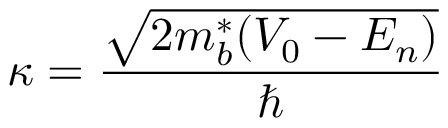
\kappa = { \frac { \sqrt { 2 m _ { b } ^ { * } ( V _ { 0 } - E _ { n } ) } } { \hbar } }